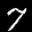
Label: 7